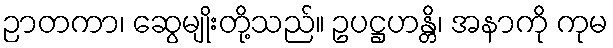
ဉာတကာ၊ ဆွေမျိုးတို့သည်။ ဥပဋ္ဌဟန္တိ၊ အနာကို ကုမ